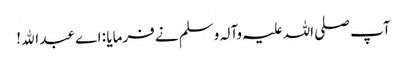
آپ صلی اللہ علیہ وآلہ وسلم نے فرمایا : اے عبد اﷲ!